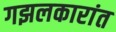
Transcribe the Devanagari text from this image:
गझलकारांत